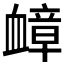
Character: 𫋬